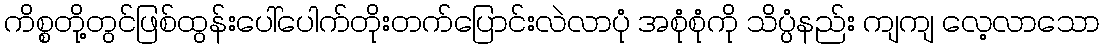
ကိစ္စတို့တွင်ဖြစ်ထွန်းပေါ်ပေါက်တိုးတက်ပြောင်းလဲလာပုံ အစုံစုံကို သိပ္ပံနည်း ကျကျ လေ့လာသော